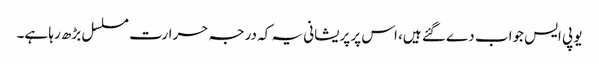
یو پی ایس جواب دے گئے ہیں، اس پر پریشانی یہ کہ درجہ حرارت مسلسل بڑھ رہا ہے۔